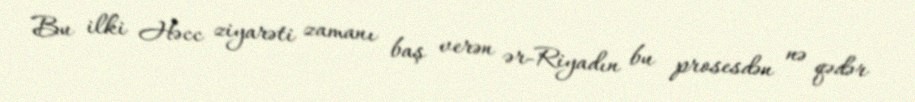
Bu ilki Həcc ziyarəti zamanı baş verən ər-Riyadın bu prosesdən nə qədər